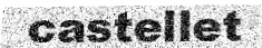
castellet